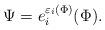
LaTeX: \begin{align*} \Psi=e_i^{\varepsilon_i(\Phi)}(\Phi). \end{align*}